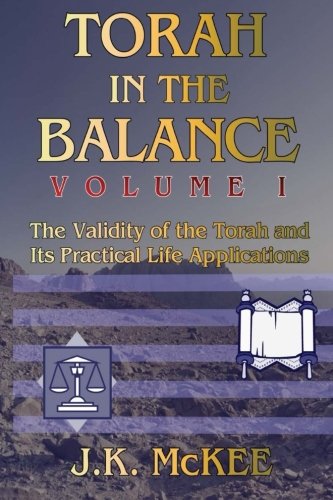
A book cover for Torah In the Balance, Volume I: The Validity of the Torah and Its Practical Life Applications; J.K. McKee; Christian Books & Bibles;